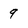
Character: 9